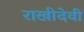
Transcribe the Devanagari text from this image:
राखीदेवी